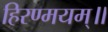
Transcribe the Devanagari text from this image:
हिरण्मयम्॥